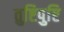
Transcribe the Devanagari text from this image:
तुष्टिपुष्टि